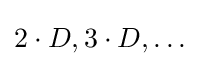
2\cdot D,3\cdot D,\ldots